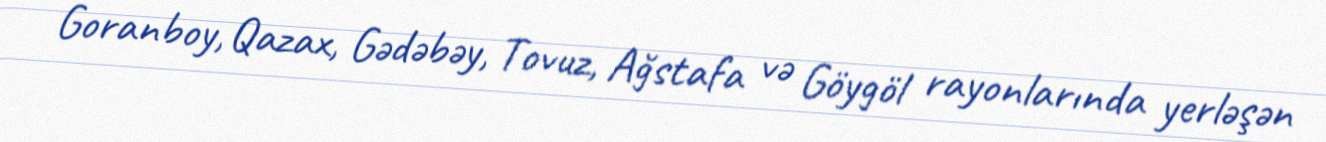
Goranboy, Qazax, Gədəbəy, Tovuz, Ağstafa və Göygöl rayonlarında yerləşən